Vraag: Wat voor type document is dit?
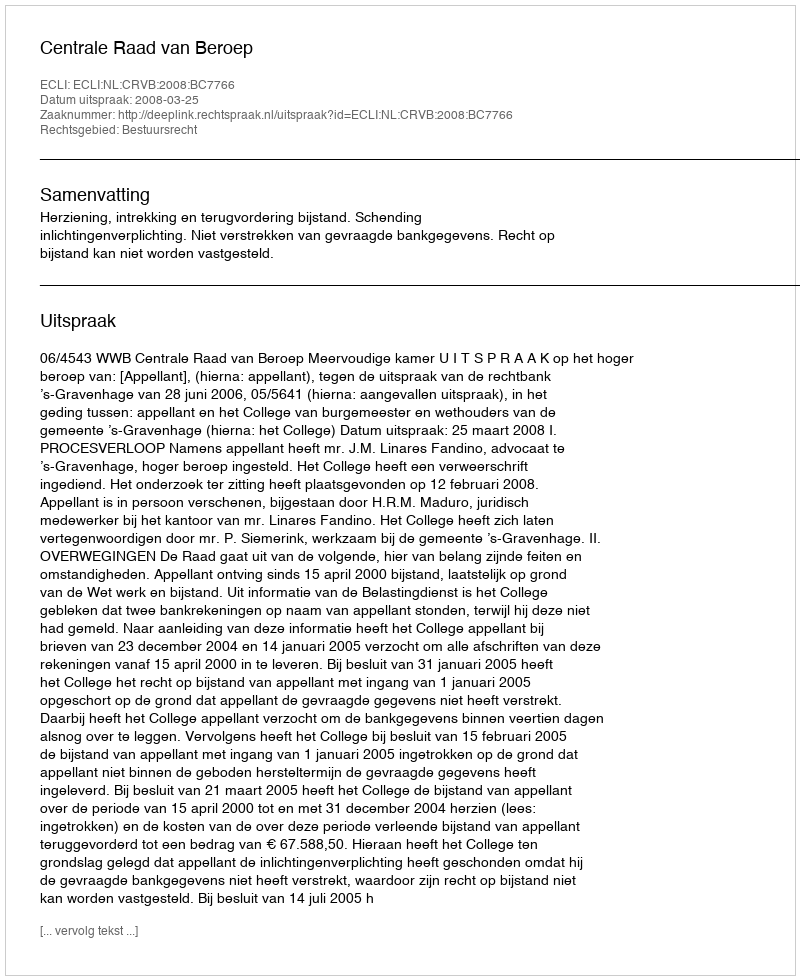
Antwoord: Uitspraak